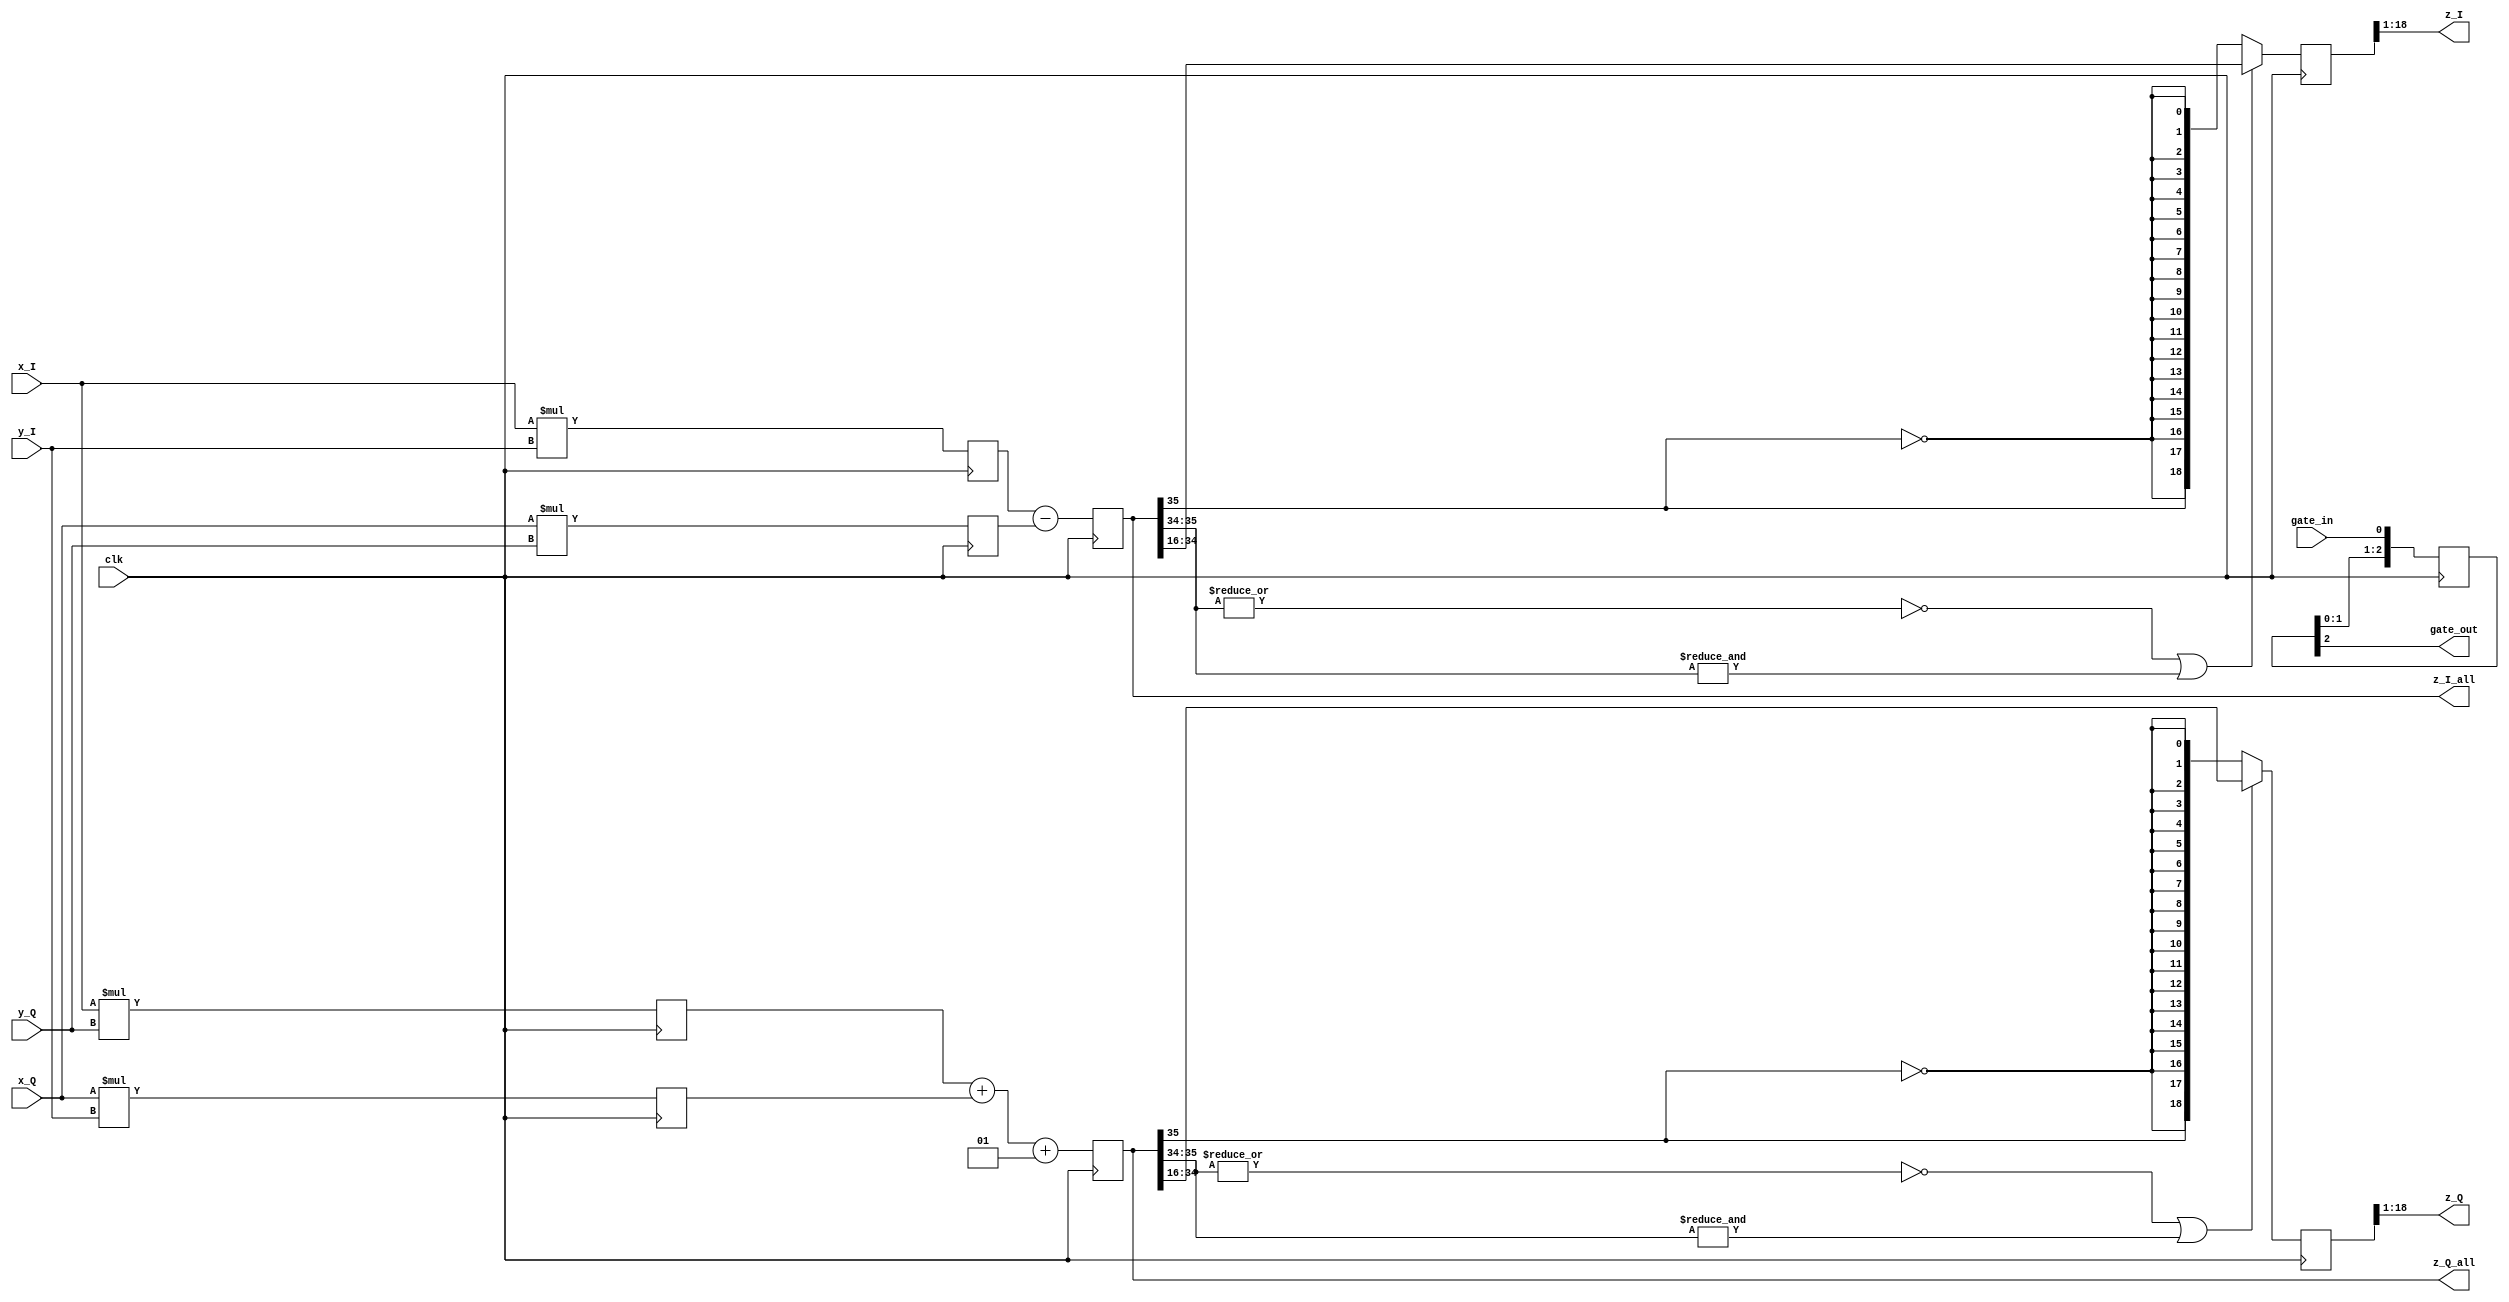
`timescale 1ns / 1ns
// TODO:
// Could potentially save a cycle in the flip-flop, by combining Add and Saturate into 1 cycle
module complex_mul_flat(
	input clk,  // Rising edge clock input; all logic is synchronous in this domain
	input gate_in,  // Flag marking input data valid
	input signed [17:0] x_I,  // Multiplicand 1, real
	input signed [17:0] x_Q,  // Multiplicand 1, imag
	input signed [17:0] y_I,  // Multiplicand 2, real
	input signed [17:0] y_Q,  // Multiplicand 2, imag
	output signed [17:0] z_I,  // Result, real
	output signed [17:0] z_Q,  // Result, imag
	output signed [35:0] z_I_all,  // Result, real, large
	output signed [35:0] z_Q_all,  // Result, imag, large
	output gate_out  // Delayed version of gate_in
);

// Flow-through vector multiplier
// Assumes there is some guarantee that you will never multiply two
// full-scale negative values together.
// (A + j B) * (C + j D)
reg signed [35:0] AC=0, BD=0, AD=0, BC=0, z_I_all_i=0, z_Q_all_i=0;
reg signed [18:0] I_small=0, Q_small=0;

`define SAT(x,old,new) ((~|x[old:new] | &x[old:new]) ? x[new:0] : {x[old],{new{~x[old]}}})

// Keep one guard bit through the addition step.  That, and the
// strange-looking "+1" below, reduces the average error offset
// to -1/4 result bit.
wire signed [19:0] z_I_sel=z_I_all_i[35:16], z_Q_sel=z_Q_all_i[35:16];

always @(posedge clk) begin
	AC <= x_I * y_I;
	BD <= x_Q * y_Q;
	AD <= x_I * y_Q;
	BC <= x_Q * y_I;
	// Fit 2 36bit signed number additions into a 35 bit number, as signed multiply
	// produces a bogus bit
	z_I_all_i <= AC - BD;
	z_Q_all_i <= AD + BC + 1;
	I_small <= `SAT(z_I_sel, 19, 18);
	Q_small <= `SAT(z_Q_sel, 19, 18);
end
`undef SAT

assign z_I_all = z_I_all_i;
assign z_Q_all = z_Q_all_i;
assign z_I = I_small[18:1];
assign z_Q = Q_small[18:1];


// This gate input isn't really used, but describes the length of this
// pipeline to let users keep track of the data flow.

reg [2:0] gate_sr=0;
always @(posedge clk) gate_sr <= {gate_sr[1:0],gate_in};
assign gate_out = gate_sr[2];

endmodule